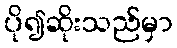
ပို၍ဆိုးသည်မှာ